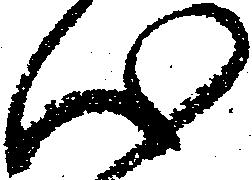
心